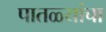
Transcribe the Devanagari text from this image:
पातळ्यांचा